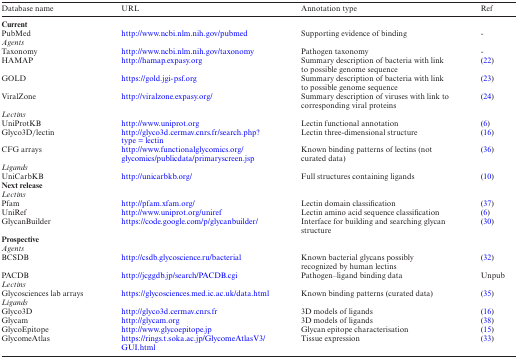
| Database name | URL | Annotation type | Ref |
 | --- | --- | --- | --- |
 | Current |  |  |  |
 | PubMed | http://www.ncbi.nlm.nih.gov/pubmed | Supporting evidence of binding | - |
 | Agents |  |  |  |
 | Taxonomy | http://www.ncbi.nlm.nih.gov/taxonomy | Pathogen taxonomy | - |
 | HAMAP | http://hamap.expasy.org | Summary description of bacteria with link to possible genome sequence | (22) |
 | GOLD | https://gold.jgi-psf.org | Summary description of bacteria with link to possible genome sequence | (23) |
 | ViralZone | http://viralzone.expasy.org/ | Summary description of viruses with link to corresponding viral proteins | (24) |
 | Lectins |  |  |  |
 | UniProtKB | http://www.uniprot.org | Lectin functional annotation | (6) |
 | Glyco3D/lectin | http://glyco3d.cermav.cnrs.fr/search.php?type = lectin | Lectin three-dimensional structure | (16) |
 | CFG arrays | http://www.functionalglycomics.org/glycomics/publicdata/primaryscreen.jsp | Known binding patterns of lectins (not curated data) | (36) |
 | Ligands |  |  |  |
 | UniCarbKB | http://unicarbkb.org/ | Full structures containing ligands | (10) |
 | Next release |  |  |  |
 | Lectins |  |  |  |
 | Pfam | http://pfam.xfam.org/ | Lectin domain classification | (37) |
 | UniRef | http://www.uniprot.org/uniref | Lectin amino acid sequence classification | (6) |
 | GlycanBuilder | https://code.google.com/p/glycanbuilder/ | Interface for building and searching glycan structure | (30) |
 | Prospective |  |  |  |
 | Agents |  |  |  |
 | BCSDB | http://csdb.glycoscience.ru/bacterial | Known bacterial glycans possibly recognized by human lectins | (32) |
 | PACDB | http://jcggdb.jp/search/PACDB.cgi | Pathogen–ligand binding data | Unpub |
 | Lectins |  |  |  |
 | Glycosciences lab arrays | https://glycosciences.med.ic.ac.uk/data.html | Known binding patterns (curated data) | (35) |
 | Ligands |  |  |  |
 | Glyco3D | http://glyco3d.cermav.cnrs.fr | 3D models of ligands | (16) |
 | Glycam | http://glycam.org | 3D models of ligands | (38) |
 | GlycoEpitope | http://www.glycoepitope.jp | Glycan epitope characterisation | (15) |
 | GlycomeAtlas | https://rings.t.soka.ac.jp/GlycomeAtlasV3/GUI.html | Tissue expression | (33) |